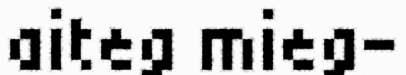
aiteg mieg-